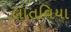
લાતવિયા